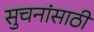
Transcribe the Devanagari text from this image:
सुचनांसाठी